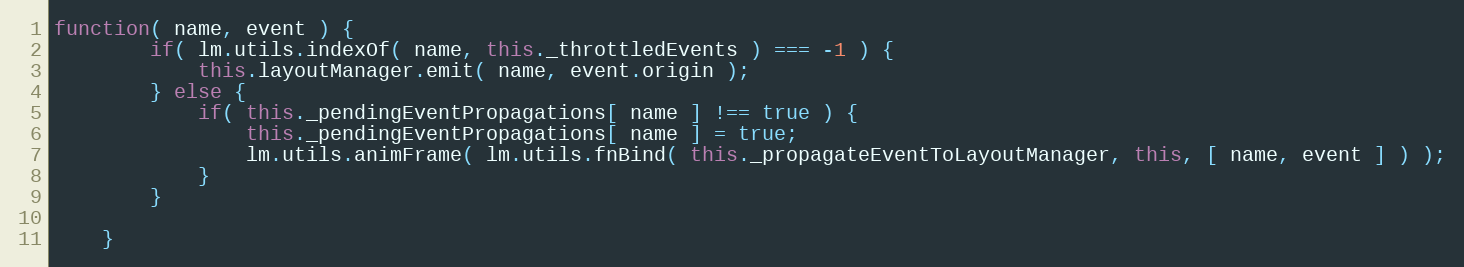
Language: JavaScript
function( name, event ) {
		if( lm.utils.indexOf( name, this._throttledEvents ) === -1 ) {
			this.layoutManager.emit( name, event.origin );
		} else {
			if( this._pendingEventPropagations[ name ] !== true ) {
				this._pendingEventPropagations[ name ] = true;
				lm.utils.animFrame( lm.utils.fnBind( this._propagateEventToLayoutManager, this, [ name, event ] ) );
			}
		}

	}